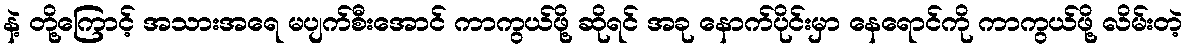
နဲ့ တို့ကြောင့် အသားအရေ မပျက်စီးအောင် ကာကွယ်ဖို့ ဆိုရင် အခု နောက်ပိုင်းမှာ နေရောင်ကို ကာကွယ်ဖို့ လိမ်းတဲ့